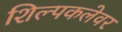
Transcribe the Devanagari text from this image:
शिल्पकलेवर